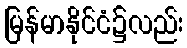
မြန်မာနိုင်ငံ၌လည်း